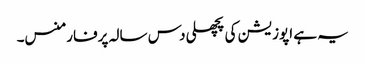
یہ ہے اپوزیشن کی پچھلی دس سالہ پرفارمنس۔